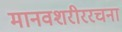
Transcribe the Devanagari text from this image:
मानवशरीररचना